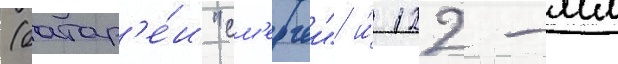
(батар'е́и "см'ерчеи" и́ 122-мм